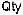
QTY